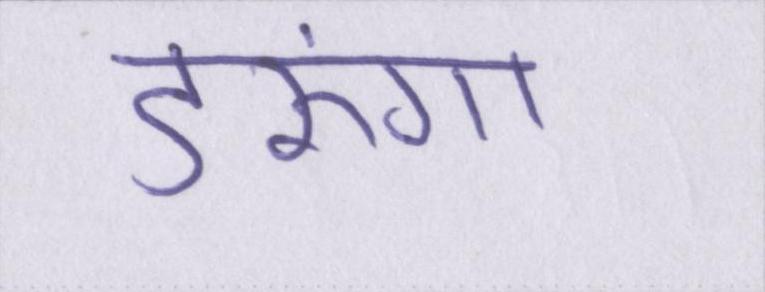
डरूंगा